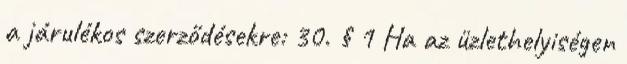
a járulékos szerződésekre: 30. § 1 Ha az üzlethelyiségen